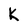
Character: K